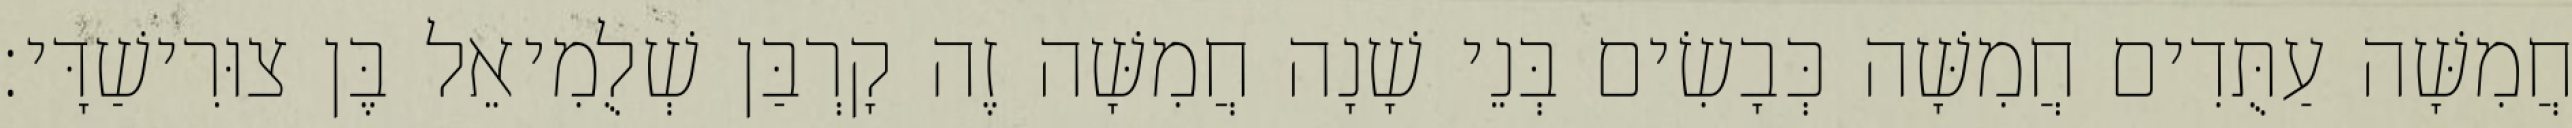
חֲמִשָּׁה עַתֻּדִים חֲמִשָּׁה כְּבָשִׂים בְּנֵי שָׁנָה חֲמִשָּׁה זֶה קָרְבַּן שְׁלֻמִיאֵל בֶּן צוּרִישַׁדָּי׃